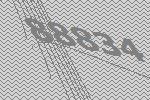
88834